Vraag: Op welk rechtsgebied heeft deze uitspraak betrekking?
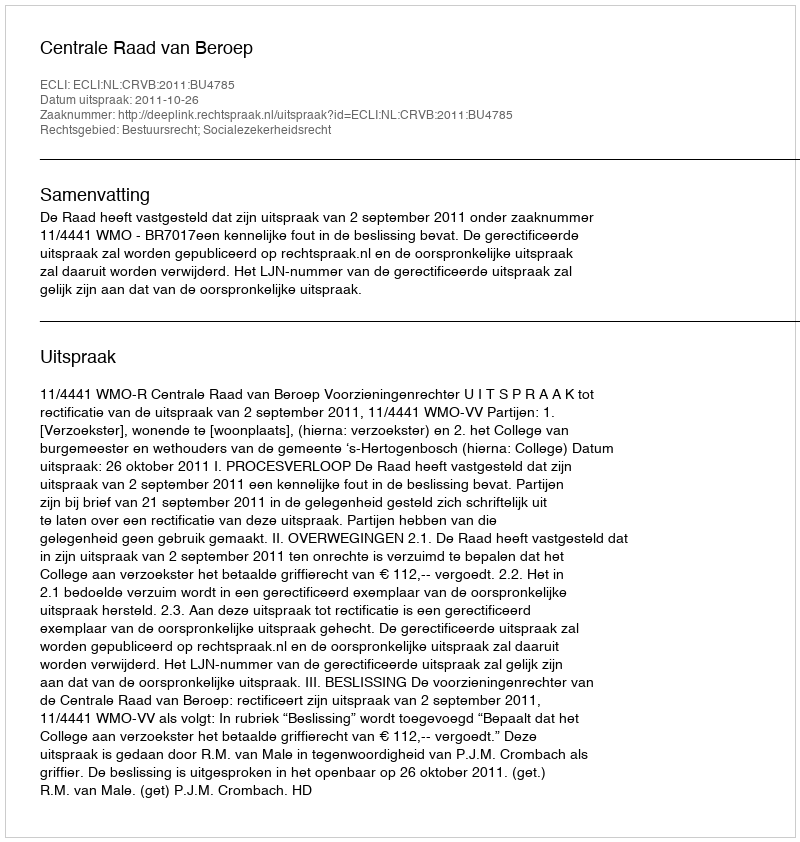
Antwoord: Bestuursrecht; Socialezekerheidsrecht